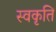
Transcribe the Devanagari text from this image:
स्वकृतिं